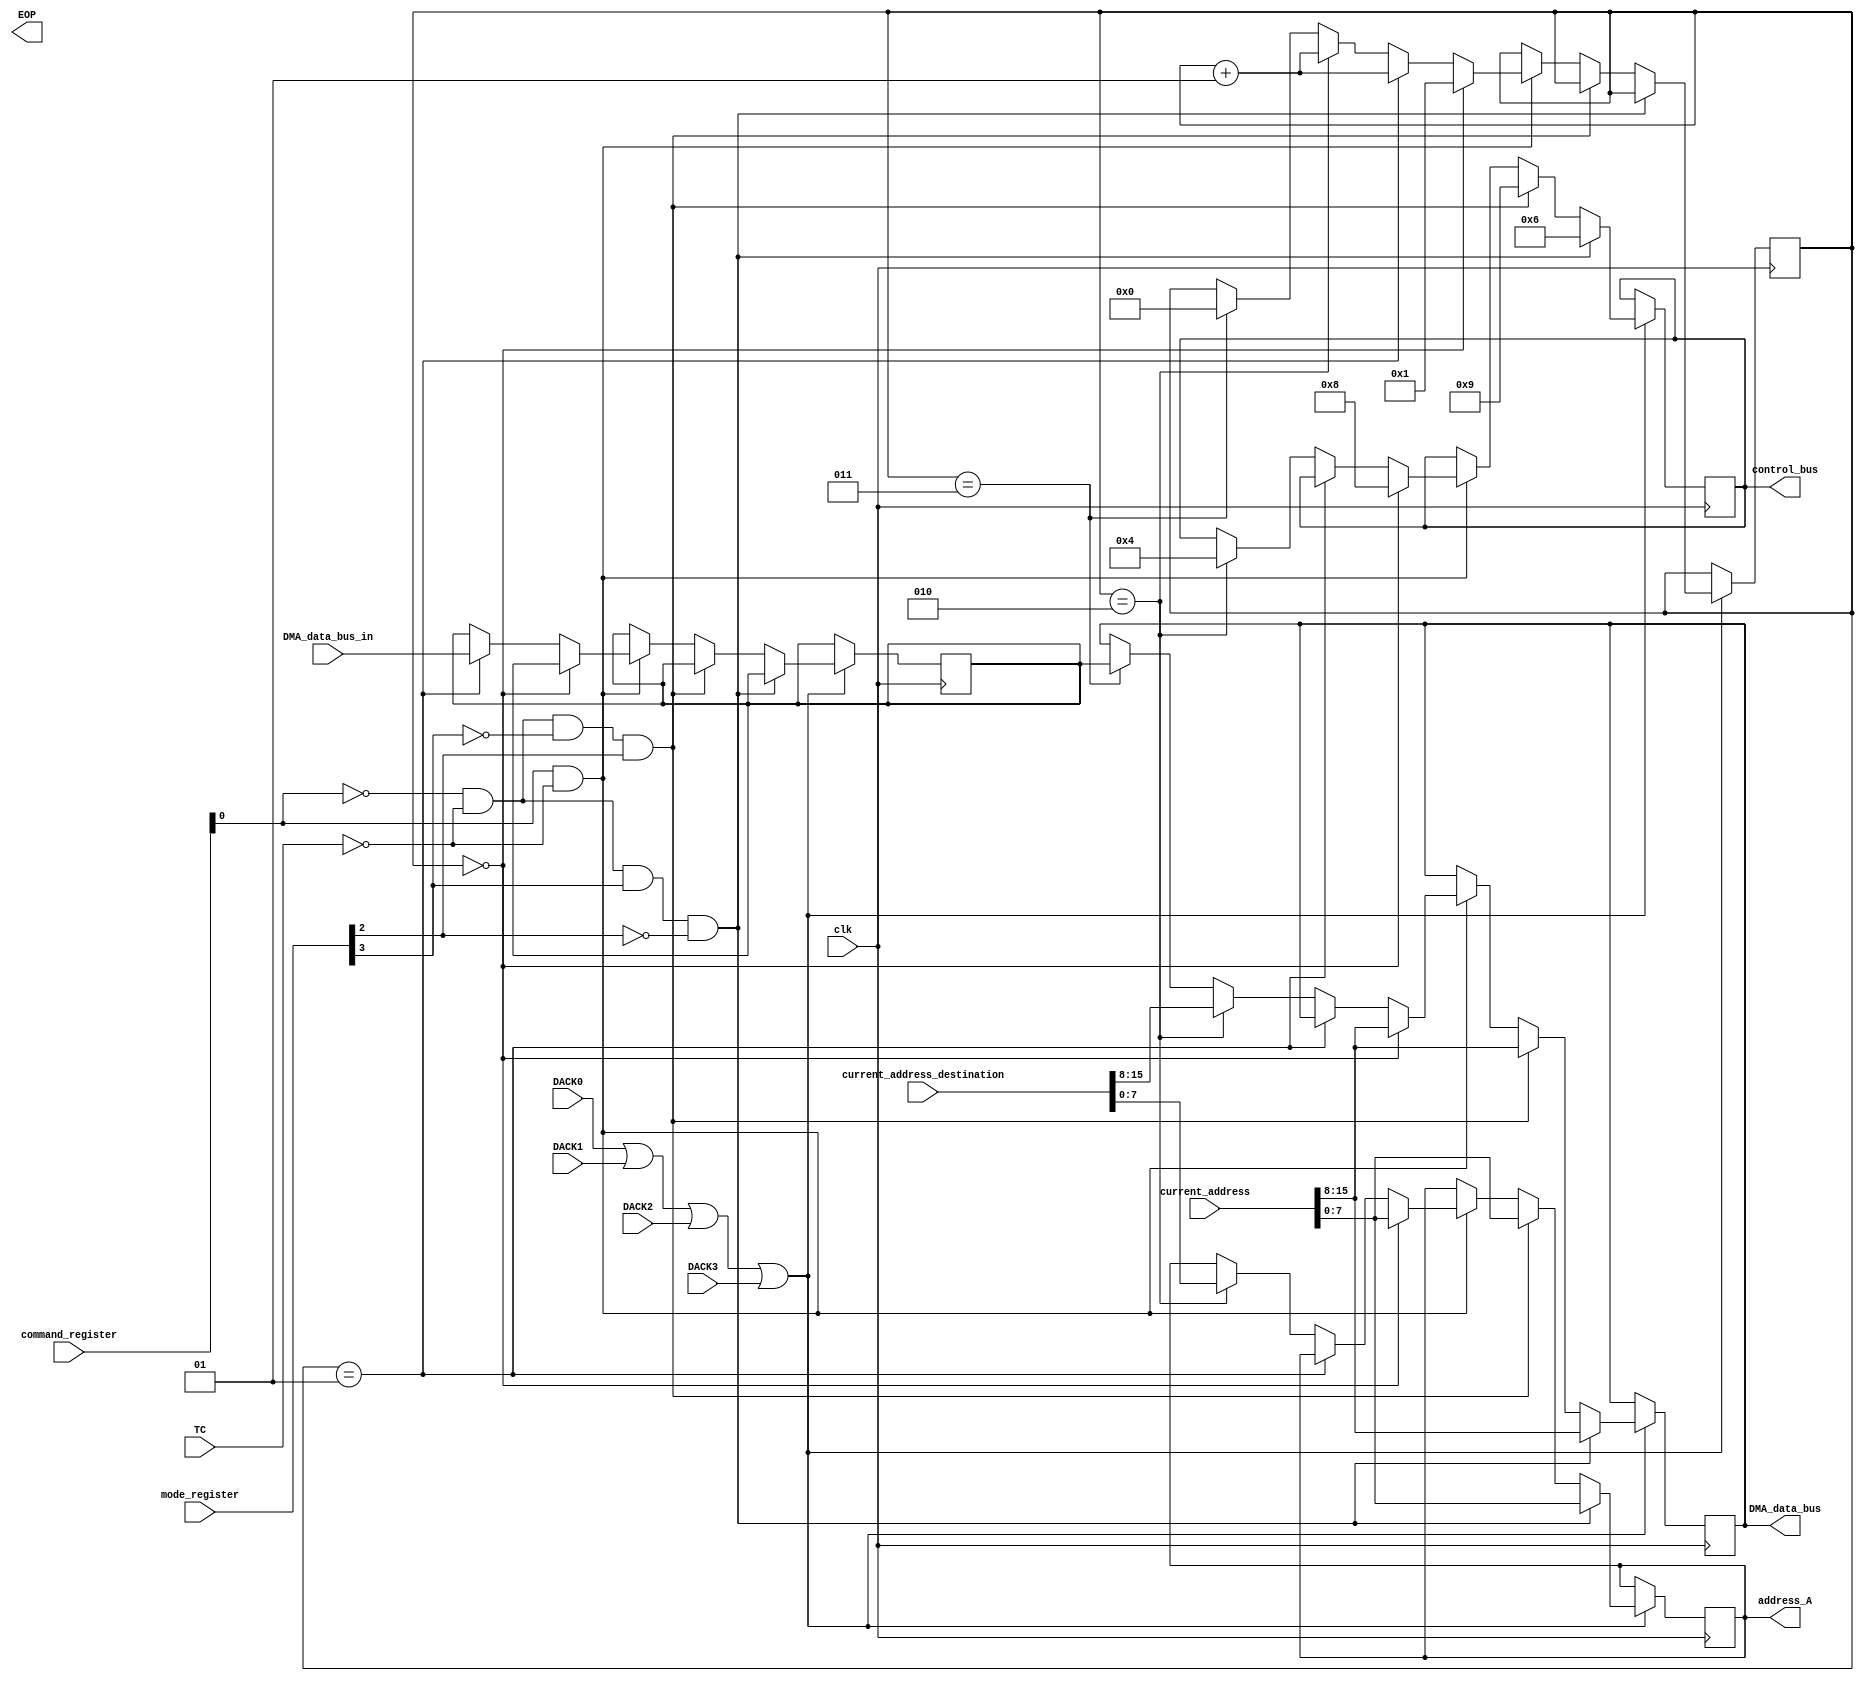
module transferMode(DMA_data_bus_in , current_address, current_address_destination , mode_register , command_register , clk , DMA_data_bus , address_A , EOP , TC , control_bus,DACK0,DACK1,DACK2,DACK3);

input clk , TC ;  // TC is input from current word 
input [7:0]mode_register;
input [7:0]command_register;
input [15:0]current_address,current_address_destination;
input [7:0]DMA_data_bus_in;	//data bus that get data out of memory
input DACK0,DACK1,DACK2,DACK3 ;
output reg [3:0]control_bus ;	//4'b(MEMR)(MEMW)(I/O Read)(I/O Write)
output EOP; // =1 when TC = 1 
output reg[7:0]address_A;
output reg[7:0]DMA_data_bus;

reg[7:0]temporary_register;// for mem to mem 
integer flag; //mem to mem

initial
begin
flag=0;
end

always @(posedge clk)
begin

//I/O to Memory:
//**************
if(DACK0||DACK1||DACK2||DACK3)// start only when a DREQ is accpeted ,so I/O data will be transferred
begin


if(command_register[0]==0 &&TC==0 &&mode_register[3]== 1 && mode_register[2]== 0 )
begin
control_bus = 4'b0110; 			//for read data from the I/O device
address_A= current_address[7:0];
DMA_data_bus=current_address[15:8];
end



//Memory to I/O:
//**************

else if(command_register[0]==0 && TC==0 && mode_register[3]== 0 && mode_register[2]== 1)
begin
control_bus = 4'b1001; 			//to write data in the I/O device
address_A= current_address[7:0];
DMA_data_bus=current_address[15:8];
end

//Memory to Memory:
//*****************

else if(command_register[0]==1 && TC==0)
begin

if(flag==0)
begin
control_bus= 4'b1000;
address_A= current_address[7:0];
DMA_data_bus=current_address[15:8];
flag = 1;
end

else if(flag==1)begin temporary_register = DMA_data_bus_in ; flag = flag+1; end
else if(flag==2)
begin
control_bus= 4'b0100;
address_A= current_address_destination[7:0];
DMA_data_bus=current_address_destination[15:8];
flag = flag+1;
end
else if(flag==3) begin DMA_data_bus = temporary_register; flag=0; end
end

end // for upper if condition
end
endmodule